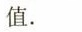
值.